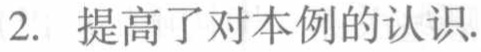
2. 提高了对本例的认识.